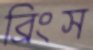
ব্রিংস